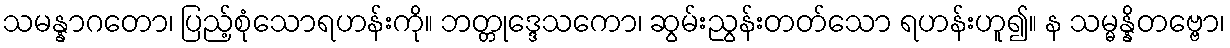
သမန္နာဂတော၊ ပြည့်စုံသောရဟန်းကို။ ဘတ္တုဒ္ဒေသကော၊ ဆွမ်းညွန်းတတ်သော ရဟန်းဟူ၍။ န သမ္မန္နိတဗ္ဗော၊